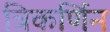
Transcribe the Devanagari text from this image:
त्रिकर्णिन